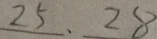
2 5 、 2 8